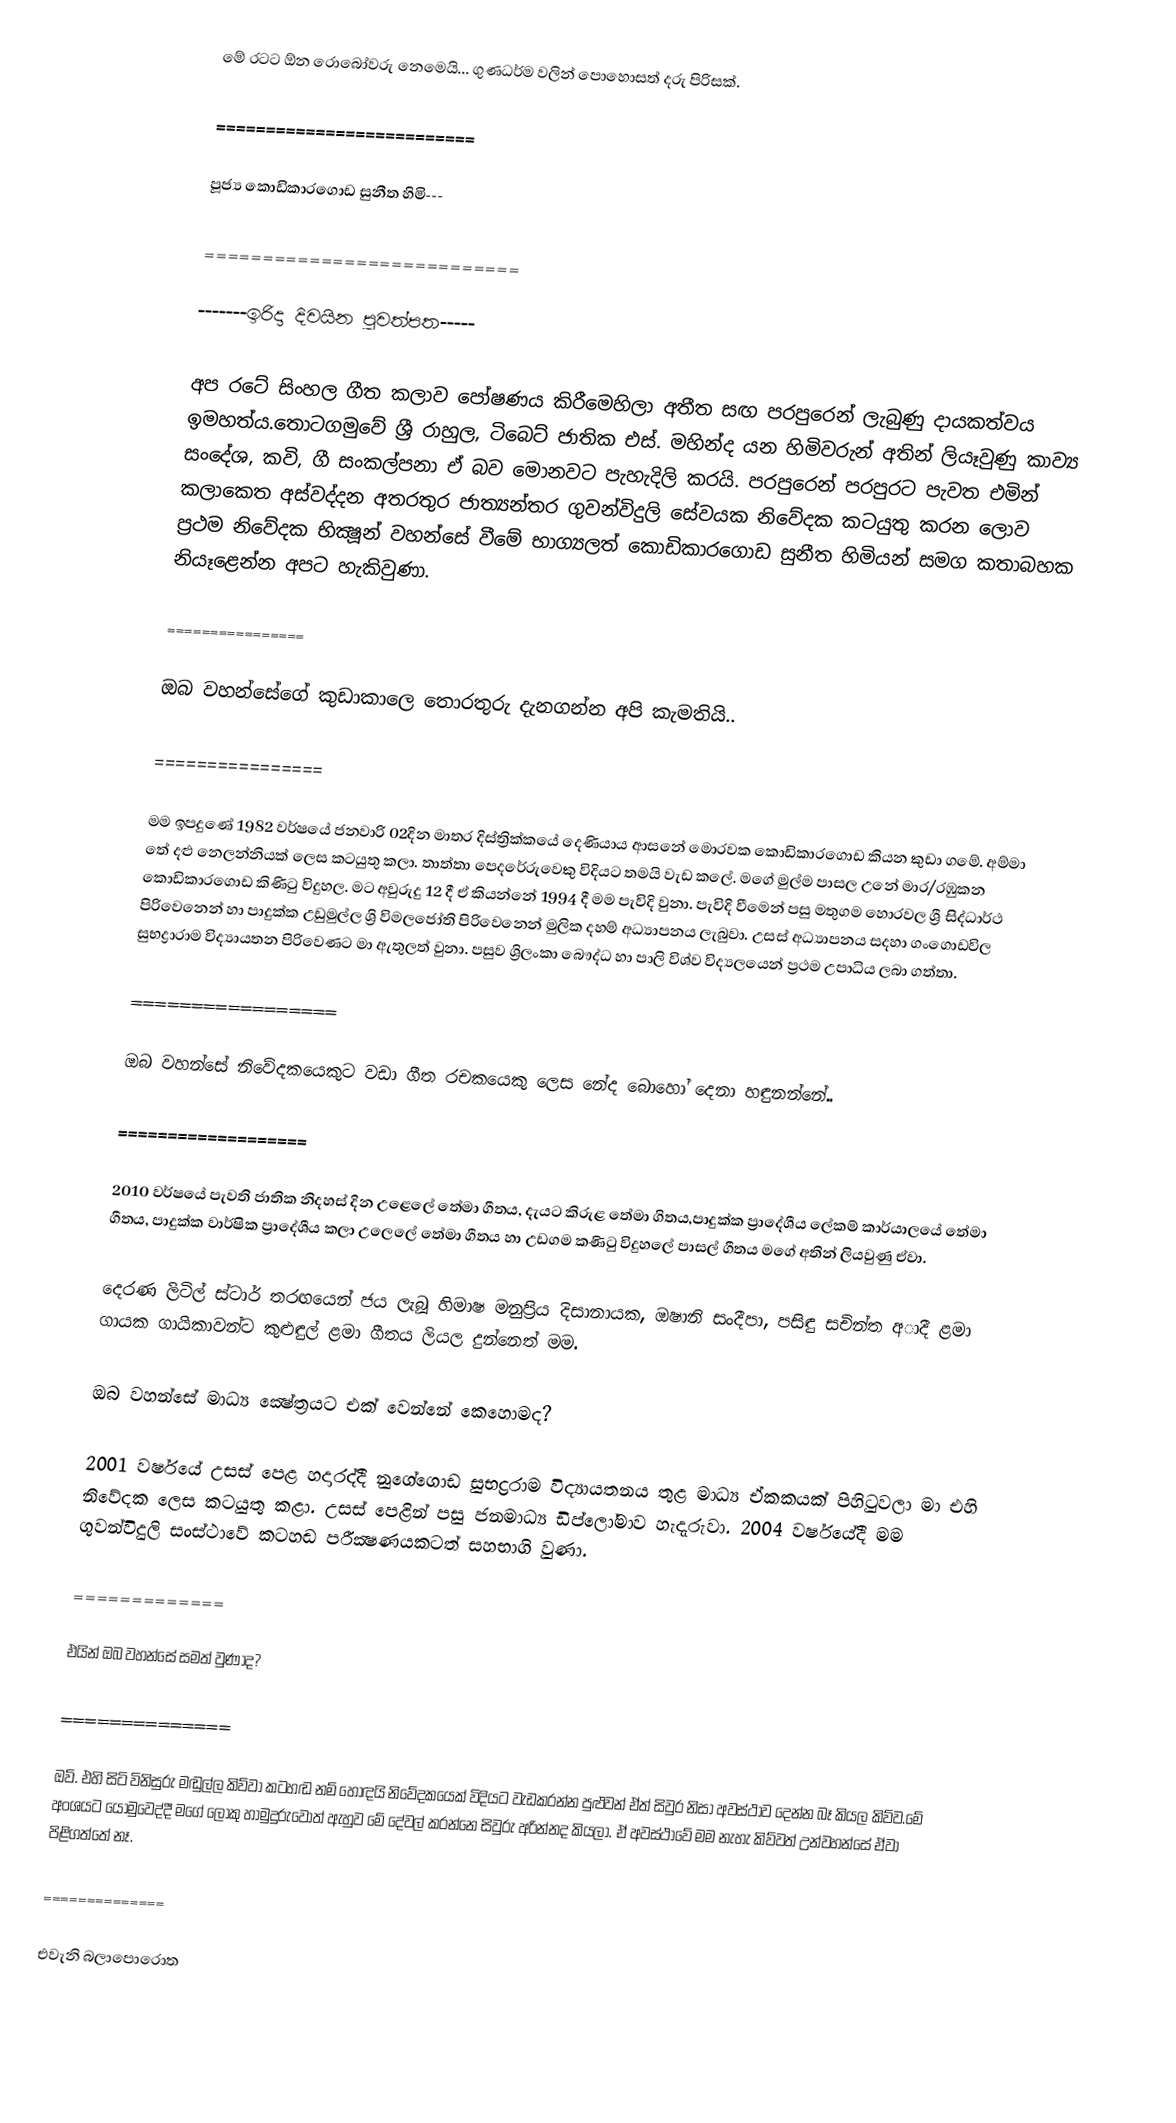
මේ රටට ඕන රොබෝවරු නෙමෙයි... ගුණධර්ම වලින් පොහොසත් දරු පිරිසක්‌.

==========================

පූජ්‍ය කොඩිකාරගොඩ සුනීත හිමි---

===========================

-------ඉරිදා දිවයින පුවත්පත-----

අප රටේ සිංහල ගීත කලාව පෝෂණය කිරීමෙහිලා අතීත සඟ පරපුරෙන් ලැබුණු දායකත්වය ඉමහත්ය.තොටගමුවේ ශ්‍රී රාහුල, ටිබෙට්‌ ජාතික එස්‌. මහින්ද යන හිමිවරුන් අතින් ලියෑවුණු කාව්‍ය සංදේශ, කවි, ගී සංකල්පනා ඒ බව මොනවට පැහැදිලි කරයි. පරපුරෙන් පරපුරට පැවත එමින් කලාකෙත අස්‌වද්දන අතරතුර ජාත්‍යන්තර ගුවන්විදුලි සේවයක නිවේදක කටයුතු කරන ලොව ප්‍රථම නිවේදක භික්‍ෂූන් වහන්සේ වීමේ භාග්‍යලත් කොඩිකාරගොඩ සුනීත හිමියන් සමග කතාබහක නියෑළෙන්න අපට හැකිවුණා.

================

ඔබ වහන්සේගේ කුඩාකාලෙ තොරතුරු දැනගන්න අපි කැමතියි..

================

මම ඉපදුණේ 1982 වර්ෂයේ ජනවාරි 02දින මාතර දිස්ත්‍රික්කයේ දෙණියාය ආසනේ මොරවක කොඩිකාරගොඩ කියන කුඩා ගමේ. අම්මා තේ දළු නෙලන්නියක් ලෙස කටයුතු කලා. තාත්තා පෙදරේරුවෙකු විදියට තමයි වැඩ කලේ. මගේ මුල්ම පාසල උනේ මාර/රඹුකන කොඩිකාරගොඩ කිණිටු විදුහල. මට අවුරුදු 12 දී ඒ කියන්නේ 1994 දී මම පැවිදි වුනා. පැවිදි වීමෙන් පසු මතුගම හොරවල ශ්‍රී සිද්ධාර්ථ පිරිවෙනෙන් හා පාදුක්ක උඩුමුල්ල ශ්‍රි විමලජෝති පිරිවෙනෙන් මුලික දහම් අධ්‍යාපනය ලැබුවා. උසස් අධ්‍යාපනය සදහා ගංගොඩවිල සුභද්‍රාරාම විද්‍යායතන පිරිවෙණට මා ඇතුලත් වුනා. පසුව ශ්‍රිලංකා බෞද්ධ හා පාලි විශ්ව විද්‍යලයෙන් ප්‍රථම උපාධිය ලබා ගත්තා.

=================

ඔබ වහන්සේ නිවේදකයෙකුට වඩා ගීත රචකයෙකු ලෙස නේද බොහෝ දෙනා හඳුනන්නේ..

===================

2010 වර්ෂයේ පැවති ජාතික නිදහස් දින උළෙලේ තේමා ගීතය, දැයට කිරුළ තේමා ගිතය,පාදුක්ක ප්‍රාදේශීය ලේකම් කාර්යාලයේ තේමා ගීතය, පාදුක්ක වාර්ෂික ප්‍රාදේශීය කලා උලෙලේ තේමා ගීතය හා උඩගම කණිටු විදුහලේ පාසල් ගීතය මගේ අතින් ලියවුණු ඒවා.

දෙරණ ලිටිල් ස්ටාර් තරඟයෙන් ජය ලැබූ හිමාෂ මනුප්‍රිය දිසානායක, ඔෂානි සංදීපා, පසිඳු සචින්ත අාදී ළමා ගායක ගායිකාවන්ට කුළුඳුල් ළමා ගීතය ලියල දුන්නෙත් මම.

ඔබ වහන්සේ මාධ්‍ය ක්‍ෂේත්‍රයට එක්‌ වෙන්නේ කෙහොමද?

2001 වර්ෂයේ උසස්‌ පෙළ හදාරද්දී නුගේගොඩ සුභද්‍රරාම විද්‍යායතනය තුළ මාධ්‍ය ඒකකයක්‌ පිහිටුවලා මා එහි නිවේදක ලෙස කටයුතු කළා. උසස්‌ පෙළින් පසු ජනමාධ්‍ය ඩිප්ලෝමාව හැදැරුවා. 2004 වර්ෂයේදී මම ගුවන්විදුලි සංස්‌ථාවේ කටහඬ පරීක්‍ෂණයකටත් සහභාගි වුණා.

=============

එයින් ඔබ වහන්සේ සමත් වුණාද?

==============

ඔව්. එහි සිටි විනිසුරු මඬුල්ල කිව්වා කටහඬ නම් හොඳයි නිවේදකයෙක්‌ විදියට වැඩකරන්න පුළුවන් ඒත් සිවුර නිසා අවස්ථාව දෙන්න බෑ කියල කිව්ව.මේ අංශයට යොමුවෙද්දී මගේ ලොකු හාමුදුරුවොත් ඇහුව මේ දේවල් කරන්නෙ සිවුරු අරින්නද කියලා. ඒ අවස්‌ථාවේ මම නැහැ කිව්වත් උන්වහන්සේ ඒවා පිළිගත්තේ නෑ.

==============

එවැනි බලාපොරොත